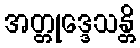
အတ္တုဒ္ဒေသန္တိ